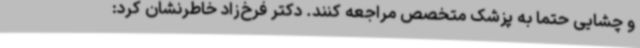
و چشایی حتما به پزشک متخصص مراجعه کنند. دکتر فرخ‌زاد خاطرنشان کرد: